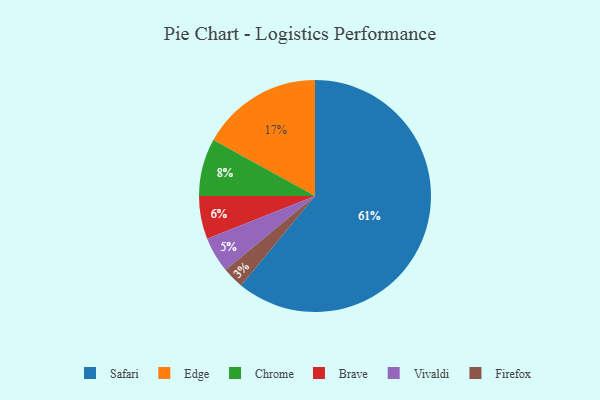
{"axis": {"x": "Category", "y": "Percentage"}, "legend": ["Brave", "Chrome", "Edge", "Firefox", "Safari", "Vivaldi"], "data": [{"x": "Brave", "y": 6, "type": "Brave"}, {"x": "Firefox", "y": 3, "type": "Firefox"}, {"x": "Chrome", "y": 8, "type": "Chrome"}, {"x": "Edge", "y": 17, "type": "Edge"}, {"x": "Vivaldi", "y": 5, "type": "Vivaldi"}, {"x": "Safari", "y": 61, "type": "Safari"}]}